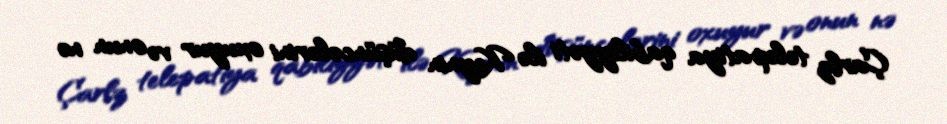
Çarlz telepatiya qabiliyyəti ilə Keynin düşüncələrini oxuyur və onun nə